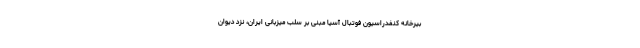
بیرخانه کنفدراسیون فوتبال آسیا مبنی بر سلب میزبانی ایران، نزد دیوان